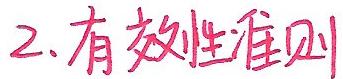
2. 有效性准则